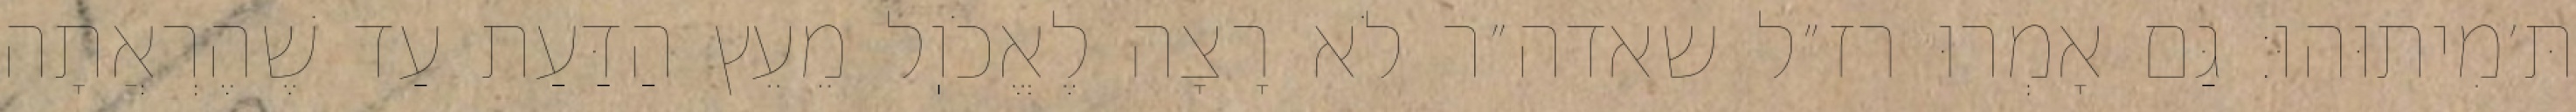
תּ׳מִיתוּהוּ: גַּם אָמְרוּ רז״ל שאדה״ר לֹא רָצָה לֶאֱכֹוֽל מֵעֵץ הַדַּעַת עַד שֶׁהֶרְאֲתָה